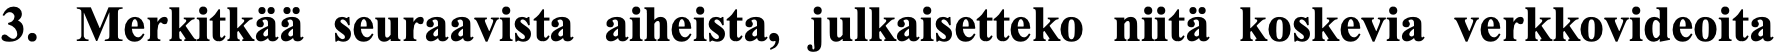
3. Merkitkää seuraavista aiheista, julkaisetteko niitä koskevia verkkovideoita